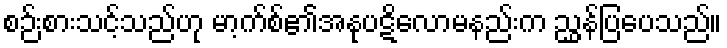
စဉ်းစားသင့်သည်ဟု မာ့က်စ်၏အနုပဋိလောမနည်းက ညွှန်ပြပေသည်။